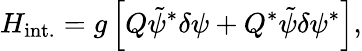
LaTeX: H_{\mathrm{int.}}=g\left[Q{\tilde{\psi}}^{*}\delta\psi+Q^{*}{\tilde{\psi}}\delta\psi^{*}\right],